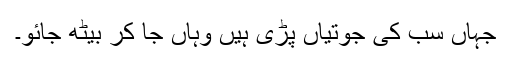
جہاں سب کی جوتیاں پڑی ہیں وہاں جا کر بیٹھ جائو۔